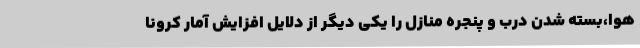
هوا،بسته شدن درب و پنجره منازل را یکی دیگر از دلایل افزایش آمار کرونا